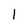
Character: 1